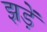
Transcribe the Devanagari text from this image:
झड़ें